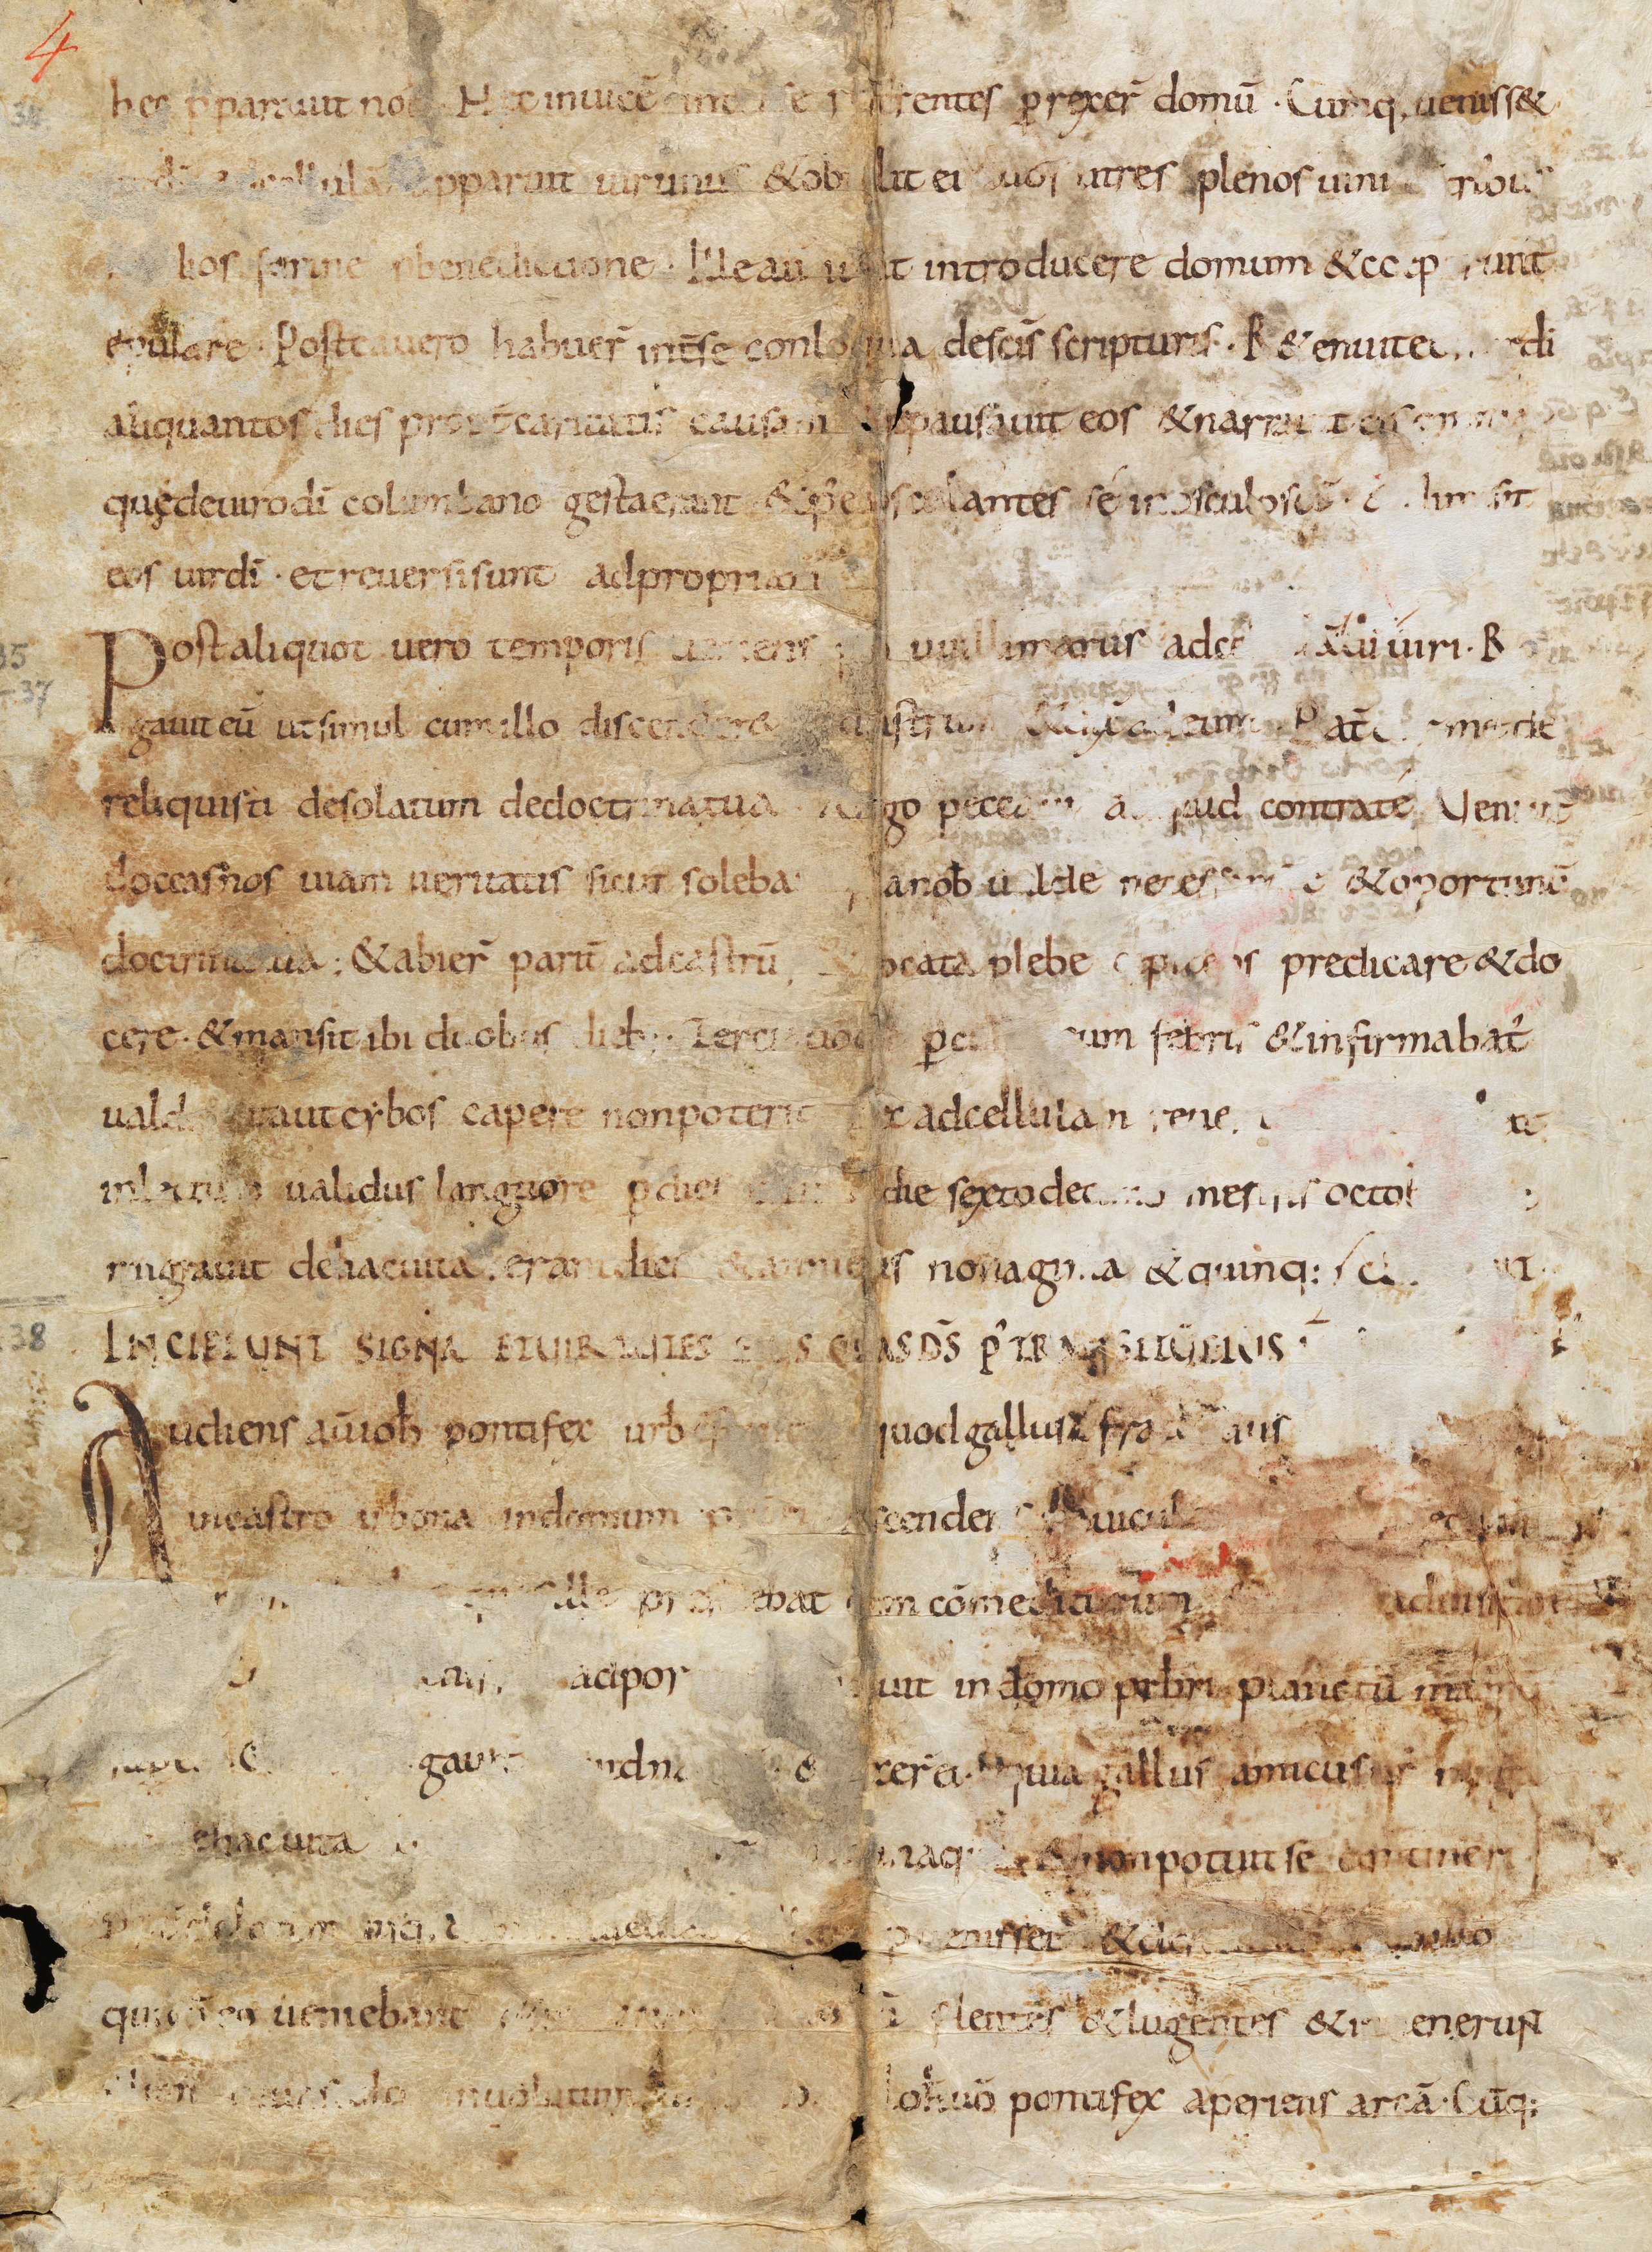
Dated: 800–849